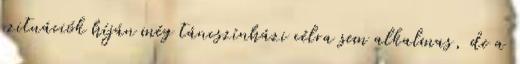
szituációk híján még táncszínházi célra sem alkalmas, de a